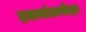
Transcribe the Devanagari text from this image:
हल्ल्यांअगोदर